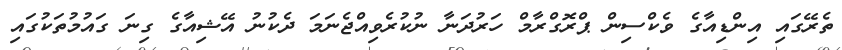
ތެރޭގައި އިންޑިއާގެ ވެކްސިން ޕްރޮގްރާމް ހަރުދަނާ ނުކުރެވިއްޖެނަމަ ދެކުނު އޭޝިއާގެ ގިނަ ގައުމުތަކުގައި